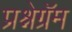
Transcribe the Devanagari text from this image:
प्रश्नेग्रॅम